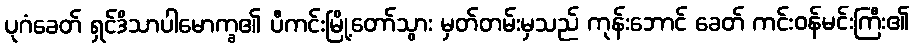
ပုဂံခေတ် ရှင်ဒိသာပါမောက္ခ၏ ပီကင်းမြို့တော်သွား မှတ်တမ်းမှသည် ကုန်းဘောင် ခေတ် ကင်းဝန်မင်းကြီး၏